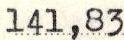
141,83